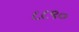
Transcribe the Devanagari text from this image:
८८९०